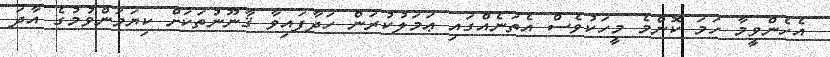
އެހެންވީމާ ހަމަ ކޮންމެ މީހަކުވެސް އެތަނެއްގައި ޢަމަލުކުރަން ހަދާފައިވާ ޤާނޫނުތަކަށް ކިޔަމަންވުމުގެ އާދަ